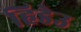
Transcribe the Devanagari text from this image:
हिडेउ